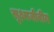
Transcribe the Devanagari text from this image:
सूक्ष्मजीवीय